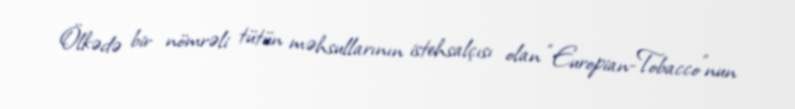
Ölkədə bir nömrəli tütün məhsullarının istehsalçısı olan “Europian-Tobacco”nun